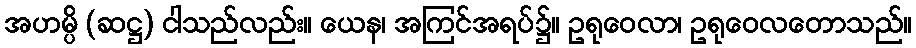
အဟမ္ပိ (ဆဋ္ဌ) ငါသည်လည်း။ ယေန၊ အကြင်အရပ်၌။ ဥရုဝေလာ၊ ဥရုဝေလတောသည်။